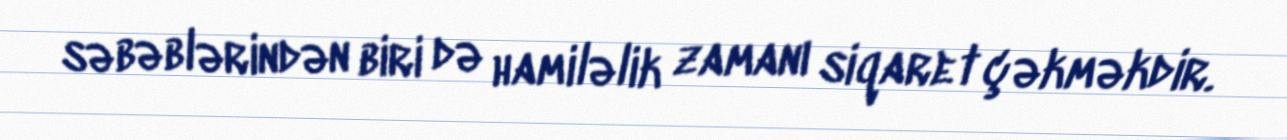
səbəblərindən biri də hamiləlik zamanı siqaret çəkməkdir.